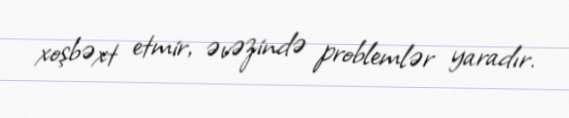
xoşbəxt etmir, əvəzində problemlər yaradır.